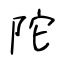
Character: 陀